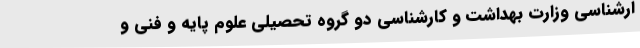
ارشناسی وزارت بهداشت و کارشناسی دو گروه تحصیلی علوم پایه و فنی و